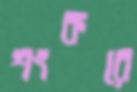
শংকরে